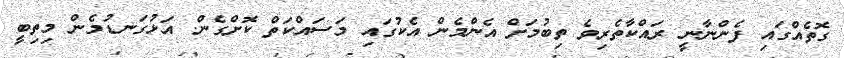
ގޮތެއްގައި ފެންނާނީ ރައްކާތެރިވެ ތިބުމަށް އެންމެން އެކުގައި މަސައްކަތް ކޮށްގެން. އަޅުގަނޑުމެން މިތިބީ